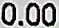
0.00